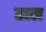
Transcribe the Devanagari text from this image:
ठाल